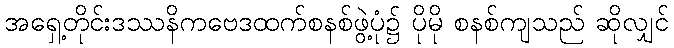
အရှေ့တိုင်းဒဿနိကဗေဒထက်စနစ်ဖွဲ့ပုံ၌ ပိုမို စနစ်ကျသည် ဆိုလျှင်